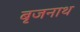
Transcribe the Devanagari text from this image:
बृजनाथ